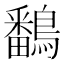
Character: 鷭